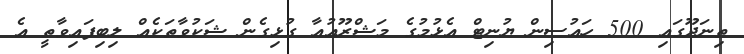
ތިނަދޫގައި 500 ހައުސިން ޔުނިޓް އެޅުމުގެ މަޝްރޫއުއާ ގުޅިގެން ޝަކުވާތަކެއް ލިބިފައިވާތީ އެ